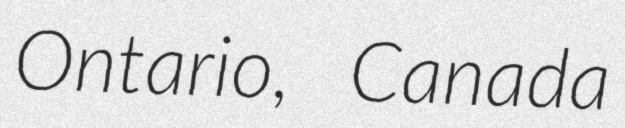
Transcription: Ontario, Canada